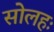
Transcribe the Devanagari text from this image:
सोलहः